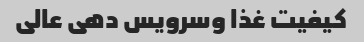
کیفیت غذا وسرویس دهی عالی